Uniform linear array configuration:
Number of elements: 24
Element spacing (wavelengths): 1
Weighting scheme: blackman
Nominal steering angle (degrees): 45
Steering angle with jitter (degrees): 45.066
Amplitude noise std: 0.05
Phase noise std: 0.05

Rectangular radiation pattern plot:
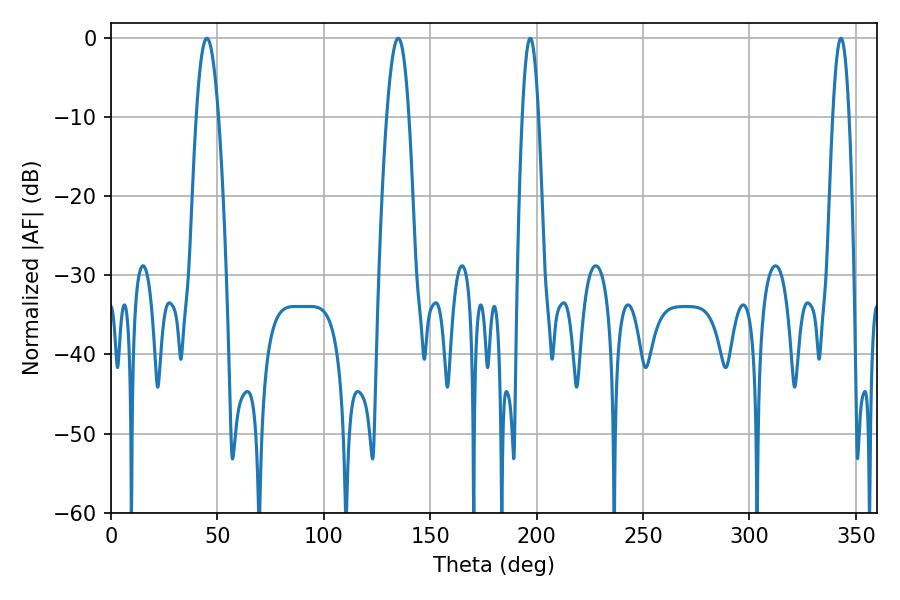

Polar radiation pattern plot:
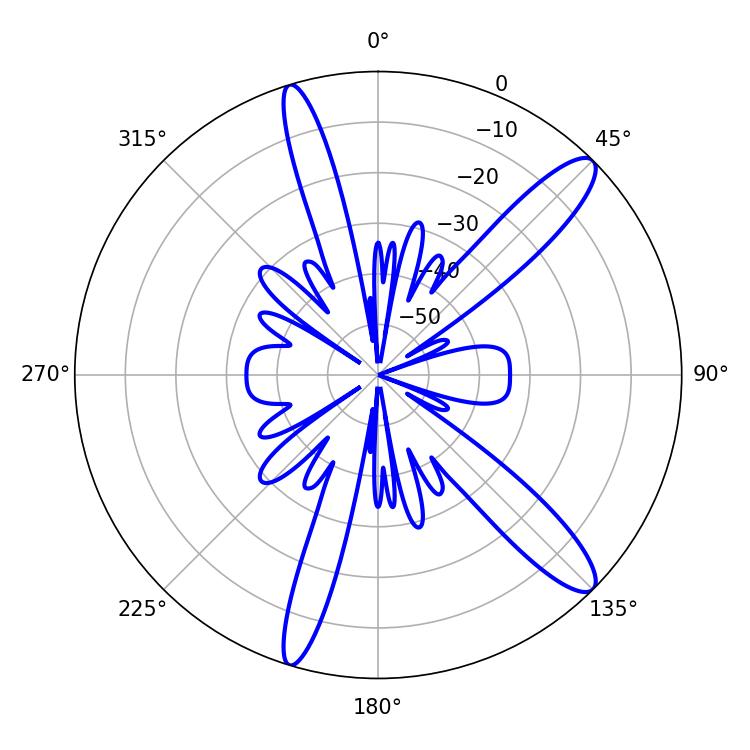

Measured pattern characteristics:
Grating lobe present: TRUE
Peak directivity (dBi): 12.742
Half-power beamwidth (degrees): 5.58
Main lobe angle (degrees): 45